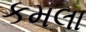
કમલા